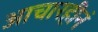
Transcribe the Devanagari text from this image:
आचारहीनं